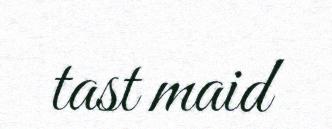
tast maid